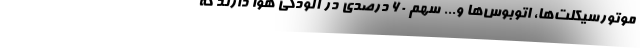
موتورسیکلت‌ها، اتوبوس‌ها و... سهم ۶۰ درصدی در آلودگی هوا دارند که